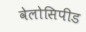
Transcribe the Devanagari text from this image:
वेलोसिपीड